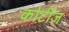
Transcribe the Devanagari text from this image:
कोर्टीज